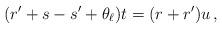
LaTeX: \begin{align*}(r' + s - s' + \theta_\ell)t = (r+r')u\,,\end{align*}